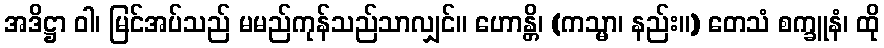
အဒိဋ္ဌာ ဝါ၊ မြင်အပ်သည် မမည်ကုန်သည်သာလျှင်။ ဟောန္တိ၊ (ကသ္မာ၊ နည်း။) တေသံ စက္ခူနံ၊ ထို